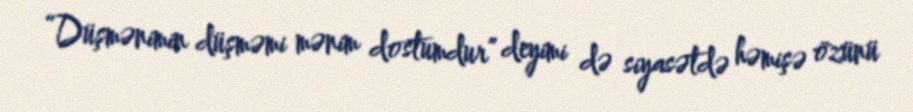
“Düşmənimin düşməmi mənim dostumdur” deyimi də siyasətdə həmişə özünü